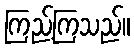
ကြည့်ကြသည်။